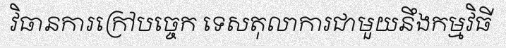
វិធានការក្រៅបច្ចេក ទេសតុលាការជាមួយនឹងកម្មវិធី